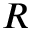
R